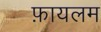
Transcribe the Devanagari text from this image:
फ़ायलम